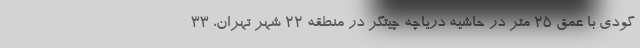
گودی با عمق ۲۵ متر در حاشیه دریاچه چیتگر در منطقه ۲۲ شهر تهران، ۳۳